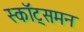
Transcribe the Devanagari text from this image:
स्कॉट्समन